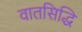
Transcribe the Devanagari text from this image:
वातसिद्धि